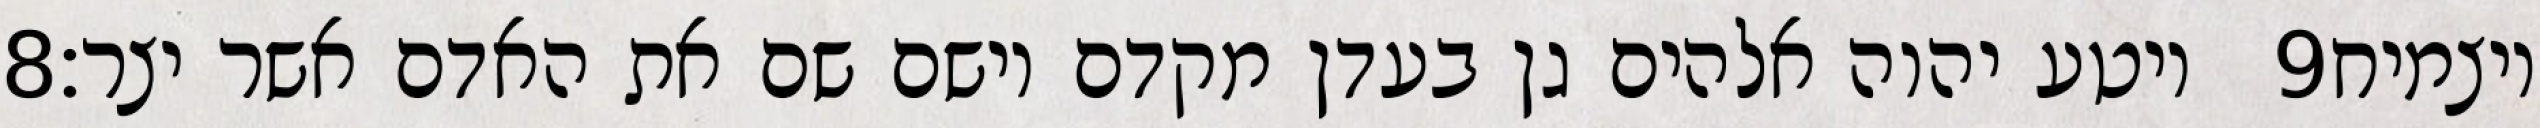
‎8‏ ויטע יהוה אלהים גן בעדן מקדם וישם שם את האדם אשר יצר׃ ‎9‏ ויצמיח